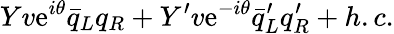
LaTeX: Yv\mathrm{e}^{i\theta}\bar{{q}}_{L}q_{R}+Y^{\prime}v\mathrm{e}^{-i\theta}\bar{{q}}_{L}^{\prime}q_{R}^{\prime}+h.c.